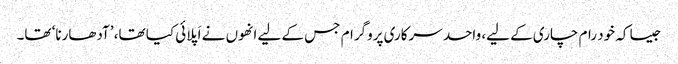
جیسا کہ خود رام چاری کے لیے، واحد سرکاری پروگرام جس کے لیے انھوں نے اَپلائی کیا تھا، ’آدھارنا‘ تھا۔